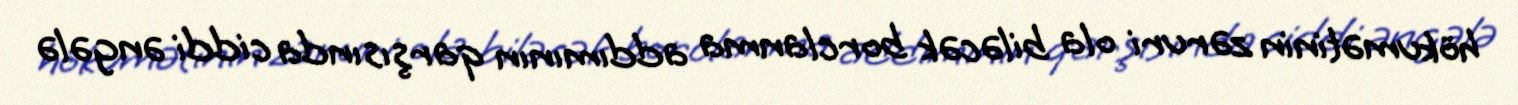
hökumətinin zəruri ola biləcək borclanma addımının qarşısında ciddi əngələ